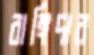
বাঙ্গিদার